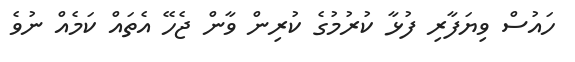
ހައުސް ވިޔަފާރި ފުޅާ ކުރުމުގެ ކުރިން ވާން ޖެހޭ އެތައް ކަމެއް ނުވެ